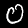
Label: 0